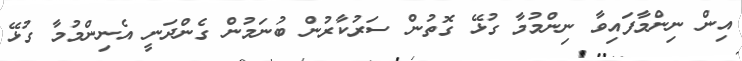
އިން ނިންމާފައިވާ ނިންމުމާ ގުޅޭ ގޮތުން ސަރުކާރުން ބުނަމުން ގެންދަނީ އެނިންމުމާ ގުޅޭ